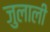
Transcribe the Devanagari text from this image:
जुलाली